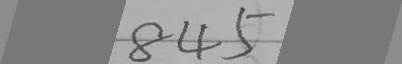
8 4 5